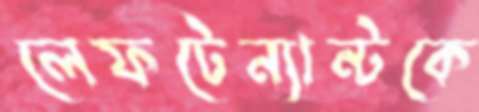
লেফটেন্যান্টকে